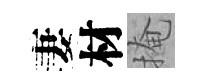
妻材掩